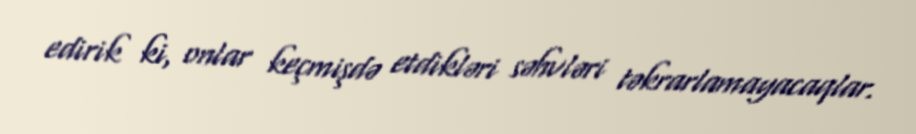
edirik ki, onlar keçmişdə etdikləri səhvləri təkrarlamayacaqlar.